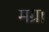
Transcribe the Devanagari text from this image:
मग्रा